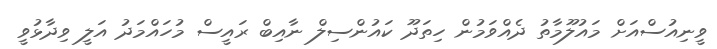
ވީނިއުސްއަށް މައުލޫމާތު ދެއްވަމުން ހިތަދޫ ކައުންސިލް ނާއިބް ރައީސް މުހައްމަދު އަލީ ވިދާޅުވީ